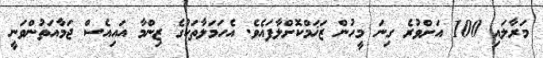
މަރާލައި 100 އަށްވުރެ ގިނަ މީހުން ޒަޚަމްކޮށްލާފައެވެ. އެހަމަލާތަކުގެ ޒިންމާ އައިއެސް ޖަމާއަތުންވަނީ